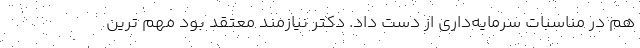
هم در مناسبات سرمایه‌داری از دست داد. دکتر نیازمند معتقد بود مهم ترین